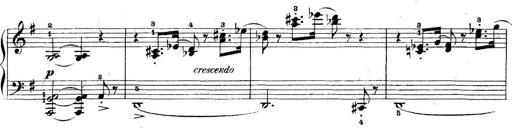
Title: 5 Sonatinas
Composer: Theodor Kirchner